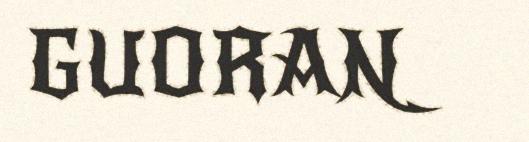
GUORAN